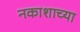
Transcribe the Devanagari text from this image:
नकाशाच्या